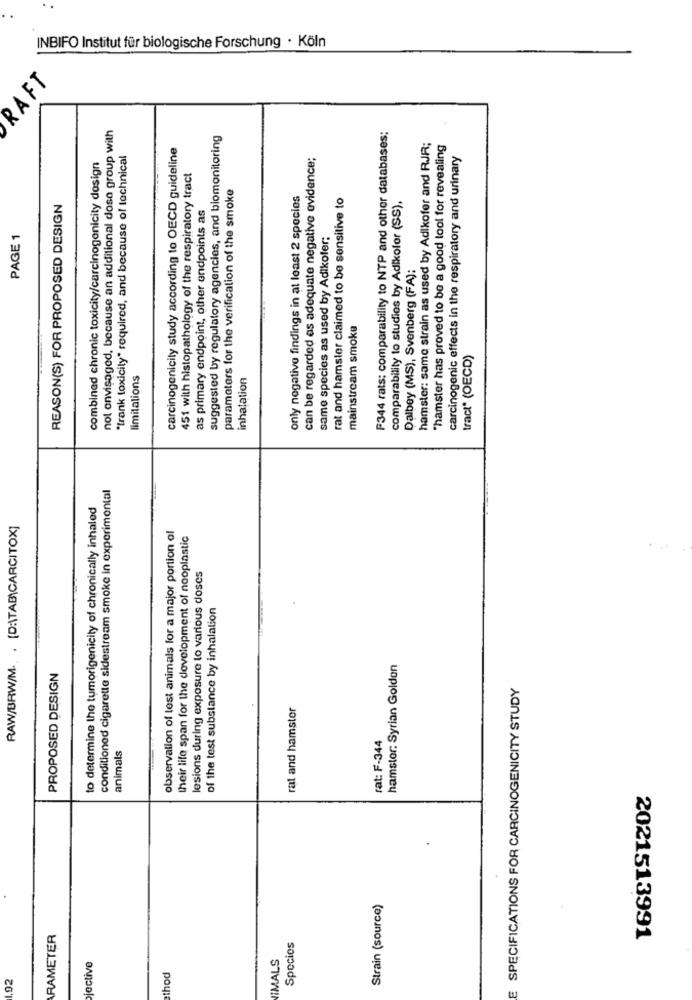
INBIFO Institut für biologische Forschung · Köln
RAFT
not envisaged, because an additional dosa group with
suggested by regulatory agencies, and biomonitoring
F344 rats: comparability to NTP and other databases;
carcinogenicily study according to OECD guideline
hamster: same strain as used by Adikofer and RJR;
"hamster has proved to be a good lool for revealing
"frank toxicity" required, and because of technical
can be regarded as adequate negative evidence;
carcinogenic effects in the respiratory and urinary
combined chronic toxicity/carcinogenicity dosign
451 with histopathology of the respiratory tract
parameters for the verification of the smoke
only negative findings in at least 2 species
rat and hamster claimed to be sensitive to
REASON(S) FOR PROPOSED DESIGN
as primary endpoint, other endpoints as
comparability to studies by Adikofor (SS).
PAGE 1
same species as used by Adikofer;
Dalbey (MS), Svenberg (FA):
mainstream smoke
tract" (OECD)
limitations
inhalation
conditioned cigarette sidestream smoke in experimental
to determine the tumorigenicity of chronically inhaled
RAW/BRW/M .. . [D:\TAB)CARCITOX]
observation of test animals for a major portion of
their life span for the development of neoplastic
lesions during exposure to various doses
of the test substance by inhalation
hamster: Syrian Golden
PROPOSED DESIGN
E SPECIFICATIONS FOR CARCINOGENICITY STUDY
rat and hamster
rat: F-344
animals
Strain (source)
ARAMETER
Species
2021513991
IMALS
jective
.92
thod